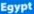
Egypt